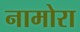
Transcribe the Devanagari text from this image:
नामोरा